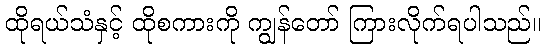
ထိုရယ်သံနှင့် ထိုစကားကို ကျွန်တော် ကြားလိုက်ရပါသည်။